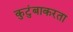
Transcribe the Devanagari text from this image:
कुटुंबाकरता